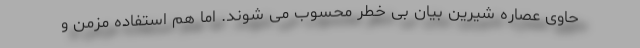
حاوی عصاره شیرین بیان بی خطر محسوب می شوند. اما هم استفاده مزمن و